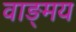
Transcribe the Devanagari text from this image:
वाङ्‍मय